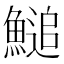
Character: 𩺬